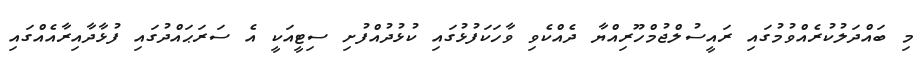
މި ބައްދަލުކުރެއްވުމުގައި ރައީސުލްޖުމްހޫރިއްޔާ ދެއްކެވި ވާހަކަފުޅުގައި ކުޅުދުއްފުށި ސިޓީއަކީ އެ ސަރަޙައްދުގައި ފުޅާދާއިރާއެއްގައި